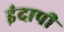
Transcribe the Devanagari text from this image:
इंदापी